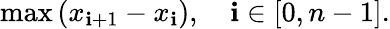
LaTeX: \operatorname*{max}\left(x_{\mathbf{i}+1}-x_{\mathbf{i}}\right),\quad\mathbf{i}\in[0,n-1].